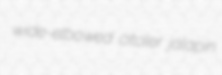
wide-elbowed citoler jalapin